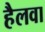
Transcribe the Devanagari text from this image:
हैलवा